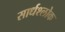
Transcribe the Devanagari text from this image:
सार्धश्लोक